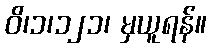
ဝိ၊၁၊၁၂၁၊ မှယူရန်။